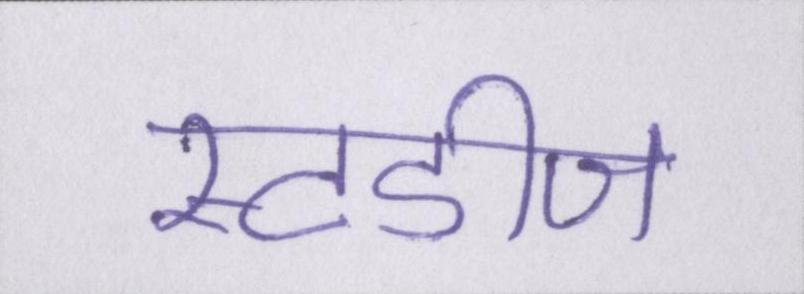
स्टडीज